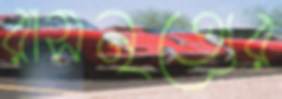
রাসনৃত্যের